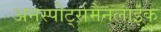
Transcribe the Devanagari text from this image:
अनस्पोर्ट्समैनलाइक